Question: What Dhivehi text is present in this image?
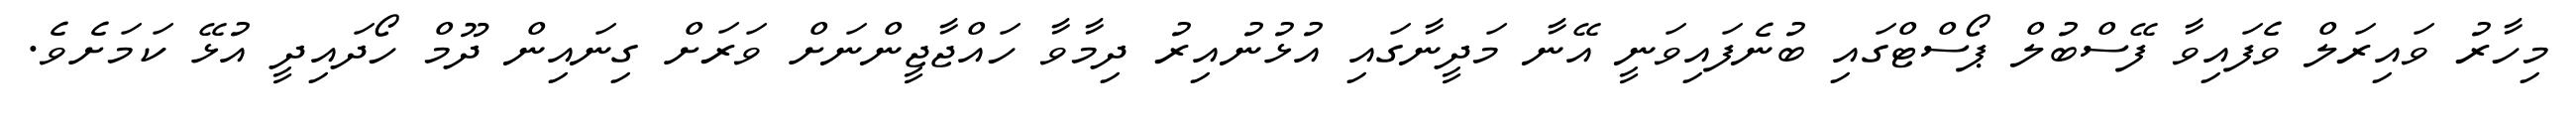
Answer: މިހާރު ވައިރަލް ވެފައިވާ ފޭސްބުލް ޕޯސްޓްގައި ބުނެފައިވަނީ އޭނާ މަދީނާގައި އުޅުނުއިރު ދިމާވާ ހައްޖާޖީންނަށް ވަރަށް ގިނައިން ދޫމް ހޯދައިދީ އުޅޭ ކަމަށެވެ.